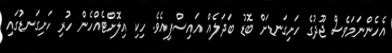
އެހެންނަމަވެސް ޖޫދުގެ ހަށިގަނޑަށް ބޮޑު ބަދަލެއް އައިސްފިއެވެ. ހިކި އިލޮށްޓެއްހެން ހުރި ހަށިގަނޑުގައި